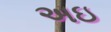
અઇ